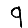
Digit: 9